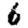
Digit: 6